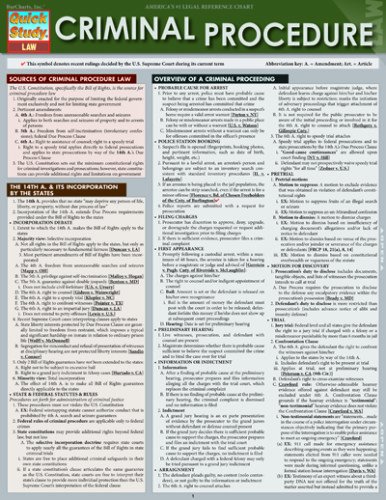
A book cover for Criminal Procedure (Quick Study Law); Inc. BarCharts; Test Preparation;